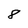
Character: 8